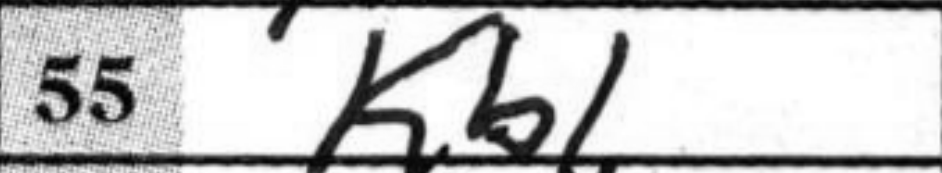
Transcription: Kb1